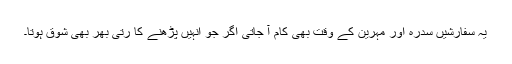
یہ سفارشیں سدرہ اور مہرین کے وقت بھی کام آ جاتی اگر جو انہیں پڑھنے کا رتی بھر بھی شوق ہوتا۔